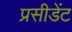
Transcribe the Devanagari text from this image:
प्रसीडेंट